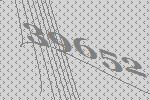
39652